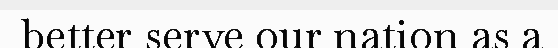
better serve our nation as a